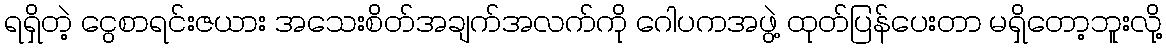
ရရှိတဲ့ ငွေစာရင်းဇယား အသေးစိတ်အချက်အလက်ကို ဂေါပကအဖွဲ့ ထုတ်ပြန်ပေးတာ မရှိတော့ဘူးလို့